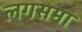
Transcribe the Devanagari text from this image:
लगसमा